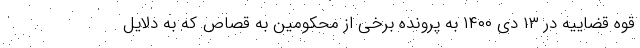
قوه قضاییه در ۱۳ دی ۱۴۰۰ به پرونده برخی از محکومین به قصاص که به دلایل